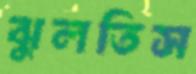
ঝুলতিস